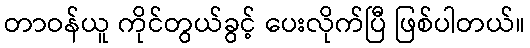
တာဝန်ယူ ကိုင်တွယ်ခွင့် ပေးလိုက်ပြီ ဖြစ်ပါတယ်။